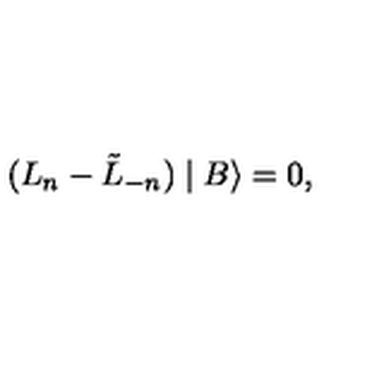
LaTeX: ( L _ { n } - \tilde { L } _ { - n } ) \mid B \rangle = 0 ,